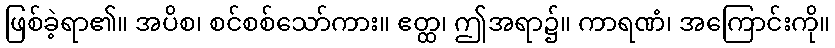
ဖြစ်ခဲ့ရာ၏။ အပိစ၊ စင်စစ်သော်ကား။ ဧတ္ထ၊ ဤအရာ၌။ ကာရဏံ၊ အကြောင်းကို။